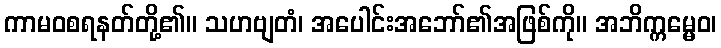
ကာမဝစရနတ်တို့၏။ သဟဗျတံ၊ အပေါင်းအဘော်၏အဖြစ်ကို။ အဘိက္ကမ္မေဝ၊